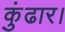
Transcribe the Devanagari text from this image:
कुंढार।